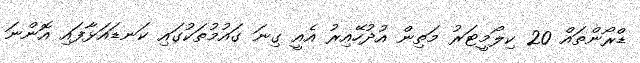
ޑްރޯންތައް 20 ކިލޯމީޓަރު މަތިން އުދުހޭއިރު އެއީ ގިނަ ގައުމުތަކުގައި ކަނޑައަޅާފައި އޮންނަ